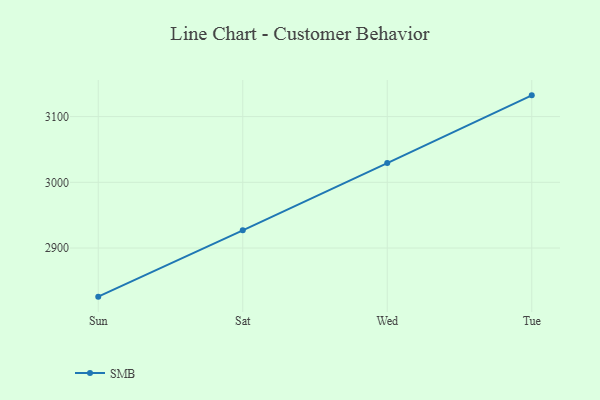
{"axis": {"x": "Day", "y": "Waste Production (Tons)"}, "legend": ["SMB"], "data": [{"x": "Sun", "y": 2826.0, "type": "SMB"}, {"x": "Sat", "y": 2926.9, "type": "SMB"}, {"x": "Wed", "y": 3029.3, "type": "SMB"}, {"x": "Tue", "y": 3132.3, "type": "SMB"}]}